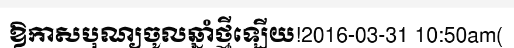
ឱកាសបុណ្យចូលឆ្នាំថ្មីឡើយ!2016-03-31 10:50am(